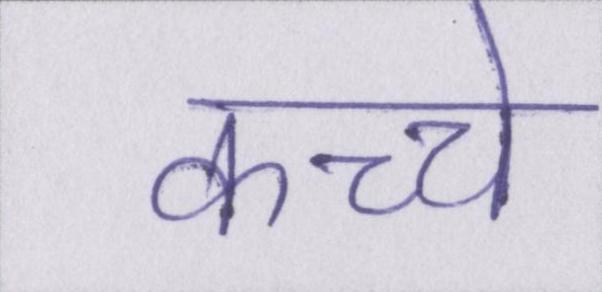
कच्चे